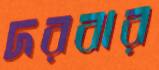
দরবার